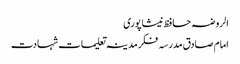
الروضہ حافظ نیشاپوری
امام صادق مدرسہ فکر مدینہ تعلیمات شہادت